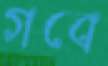
গবে